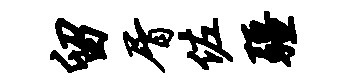
留屑佐疆